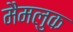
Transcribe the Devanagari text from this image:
मैमलुक